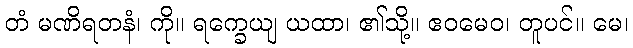
တံ မဏိရတနံ၊ ကို။ ရက္ခေယျ ယထာ၊ ၏သို့။ ဧဝမေဝ၊ တူပင်။ မေ၊